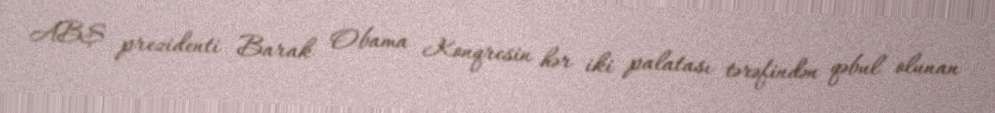
ABŞ prezidenti Barak Obama Konqresin hər iki palatası tərəfindən qəbul olunan